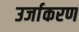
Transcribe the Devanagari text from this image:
उर्जाकरण